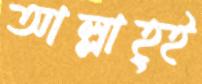
আল্লাহ্ই